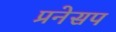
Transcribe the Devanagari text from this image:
प्रनेसप